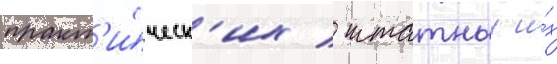
практ'и́ческ'их / штатныи и́х